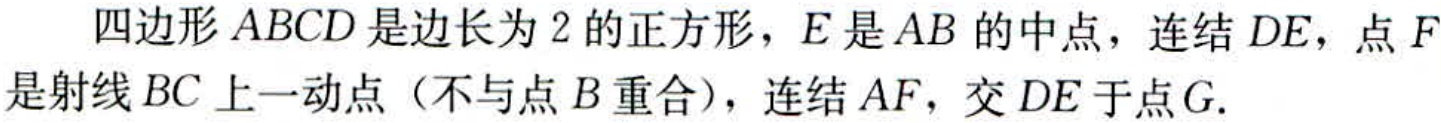
四边形 \(ABCD\) 是边长为 \(2\) 的正方形，\(E\) 是 \(AB\) 的中点，连结 \(DE\)，点 \(F\) 是射线 \(BC\) 上一动点（不与点 \(B\) 重合），连结 \(AF\)，交 \(DE\) 于点 \(G\).